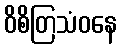
ဝိစိတြသံဝနေ